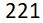
221